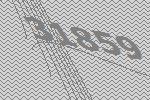
31859